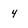
Character: 4